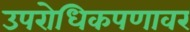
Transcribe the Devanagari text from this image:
उपरोधिकपणावर